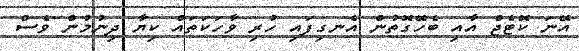
އޭނަ ކޮޓެޖް އާއި ބެހޭގޮތުން އެނގިފައި ހުރި ވާހަކަތައް ކިޔާ ދިނުމުން ވެސް